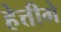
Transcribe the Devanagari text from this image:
हेत्तीगे